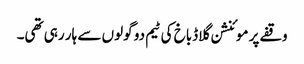
وقفے پر موئنشن گلاڈباخ کی ٹیم دو گولوں سے ہار رہی تھی۔